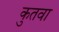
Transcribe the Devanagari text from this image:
कुतवा